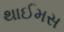
થાઈમસ